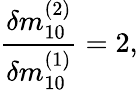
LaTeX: \frac{\delta m_{10}^{(2)}}{\delta m_{10}^{(1)}}=2,